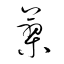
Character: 蓼